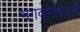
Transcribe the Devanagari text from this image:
भगवानगडचे